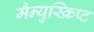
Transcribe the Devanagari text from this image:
मैन्युस्क्रिप्ट